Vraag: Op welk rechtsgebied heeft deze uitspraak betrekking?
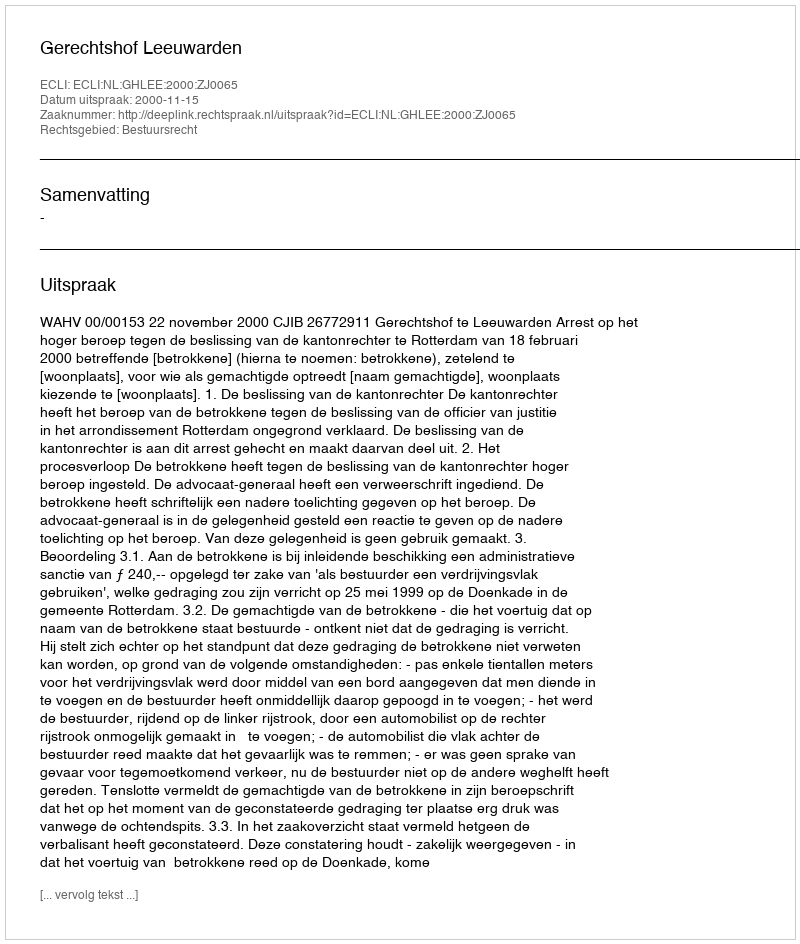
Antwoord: Bestuursrecht